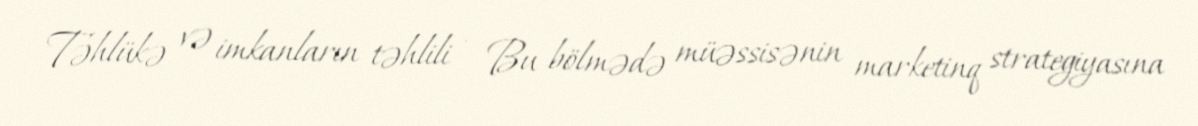
Təhlükə və imkanların təhlili - Bu bölmədə müəssisənin marketinq strategiyasına